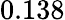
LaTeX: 0.138